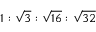
1 : \sqrt { 3 } : \sqrt { 1 6 } : \sqrt { 3 2 }